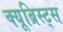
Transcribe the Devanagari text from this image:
क्यूब्रिस्ट्स